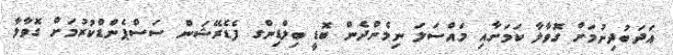
އަދަބުދިނުމަށް ގޮވާލާ ކަމަށާއި މައްސަލަ ނިމެންދެން ބޮޑީ ބިލްޑިންގ ފެޑެރޭޝަން ސަސްޕެންޑްކުރުމަށް ގޮވާލާ